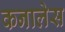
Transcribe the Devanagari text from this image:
कनालेस